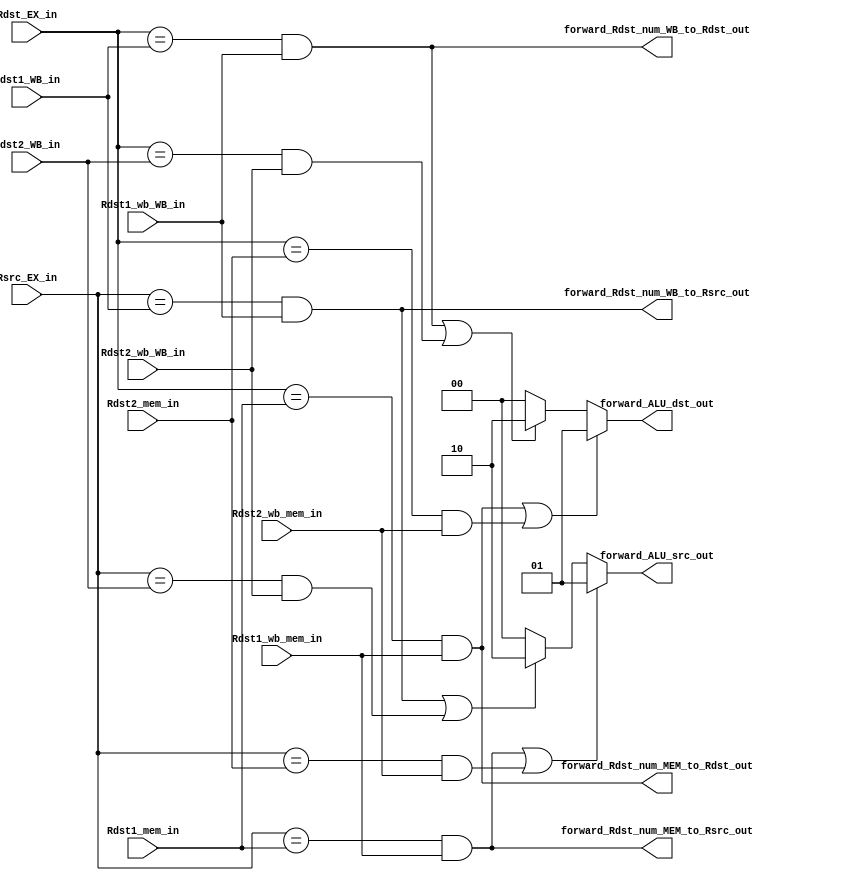
/*this is the first forwarding unit to do ALU-ALU or MEM-ALU forwarding*/
module FU1(forward_ALU_dst_out, forward_ALU_src_out, forward_Rdst_num_MEM_to_Rdst_out, forward_Rdst_num_WB_to_Rdst_out, forward_Rdst_num_MEM_to_Rsrc_out, 
			forward_Rdst_num_WB_to_Rsrc_out, Rdst2_wb_WB_in, Rdst1_wb_WB_in, Rdst1_WB_in, Rdst2_WB_in, Rdst1_wb_mem_in, Rdst2_wb_mem_in, Rdst1_mem_in, 
			Rdst2_mem_in, Rsrc_EX_in, Rdst_EX_in);
			
/*this is the selector to select which value to be bypassed to ALU_Rdst*/
output wire [1:0] forward_ALU_dst_out;

/*this is the selector to select which value to be bypassed to ALU_Rsrc*/
output wire [1:0] forward_ALU_src_out;

/*to select between forwarding Rdst1 or Rdst2 from the memory stage to be candidate for ALU_Rds*/
output wire forward_Rdst_num_MEM_to_Rdst_out;

/*to select between forwarding Rdst1 or Rdst2 from the WB stage to be candidate for ALU_Rds*/
output wire forward_Rdst_num_WB_to_Rdst_out;

/*to select between forwarding Rdst1 or Rdst2 from the memory stage to be candidate for ALU_Rsrc*/
output wire forward_Rdst_num_MEM_to_Rsrc_out;

/*to select between forwarding Rdst1 or Rdst2 from the WB stage to be candidate for ALU_Rsrc*/
output wire forward_Rdst_num_WB_to_Rsrc_out;

/*this is the write back signal in the write-back stage for Rdst2*/
input wire Rdst2_wb_WB_in;

/*this is the write back signal in the write-back stage for Rdst1*/
input wire Rdst1_wb_WB_in;

/*this is the Rdst1 number in the write-back stage*/
input wire [2:0] Rdst1_WB_in;

/*this is the Rdst2 number in the write-back stage*/
input wire [2:0] Rdst2_WB_in;

/*this is the write back signal in the mem-back stage for Rdst1*/
input wire Rdst1_wb_mem_in;

/*this is the write back signal in the mem-back stage for Rdst2*/
input wire Rdst2_wb_mem_in;

/*this is the Rdst1 number in the memory stage*/
input wire [2:0] Rdst1_mem_in;

/*this is the Rdst2 number in the memory stage*/
input wire [2:0] Rdst2_mem_in;

/*this is the Rsrc number in the execute stage*/
input wire [2:0] Rsrc_EX_in;

/*this is the Rdst number in the execute stage*/
input wire [2:0] Rdst_EX_in;

/**************************************************************
	temp wire to make the code looks clean
**************************************************************/
wire is_Rdst_EX_eq_Rdst1_mem;
wire is_Rdst_EX_eq_Rdst2_mem;

wire is_Rdst_EX_eq_Rdst1_WB;
wire is_Rdst_EX_eq_Rdst2_WB;

wire is_Rsrc_EX_eq_Rdst1_mem;
wire is_Rsrc_EX_eq_Rdst2_mem;

wire is_Rsrc_EX_eq_Rdst1_WB;
wire is_Rsrc_EX_eq_Rdst2_WB;

/**************************************************************
	assigns for the temp wires
**************************************************************/
assign is_Rdst_EX_eq_Rdst1_mem = (Rdst_EX_in == Rdst1_mem_in) & Rdst1_wb_mem_in;
assign is_Rdst_EX_eq_Rdst2_mem = (Rdst_EX_in == Rdst2_mem_in) & Rdst2_wb_mem_in;

assign is_Rdst_EX_eq_Rdst1_WB = (Rdst_EX_in == Rdst1_WB_in) & Rdst1_wb_WB_in;
assign is_Rdst_EX_eq_Rdst2_WB = (Rdst_EX_in == Rdst2_WB_in) & Rdst2_wb_WB_in;

assign is_Rsrc_EX_eq_Rdst1_mem = (Rsrc_EX_in == Rdst1_mem_in) & Rdst1_wb_mem_in;
assign is_Rsrc_EX_eq_Rdst2_mem = (Rsrc_EX_in == Rdst2_mem_in) & Rdst2_wb_mem_in;

assign is_Rsrc_EX_eq_Rdst1_WB = (Rsrc_EX_in == Rdst1_WB_in) & Rdst1_wb_WB_in;
assign is_Rsrc_EX_eq_Rdst2_WB = (Rsrc_EX_in == Rdst2_WB_in) & Rdst2_wb_WB_in;


/**************************************************************
	the actual logic of the forwarding unit 1:
		-> 	if 	EX/MEM.RegLowWrite
			and	EX/MEM.RegisterRdst1 = ID/EX.RegisterRsrc
			then forward EX/MEM.RegisterRdst1 to ALU_Rsrc
			
			else if EX/MEM.RegHighWrite
			and	EX/MEM.RegisterRdst2 = ID/EX.RegisterRsrc
			then forward EX/MEM.RegisterRdst2 to ALU_Rsrc

			else if MEM/WB.RegLowWrite
			and	EX/MEM.RegisterRdst1 = ID/EX.RegisterRsrc
			then forward EX/MEM.RegisterRdst1 to ALU_Rsrc
			
			else if MEM/WB.RegHighWrite
			and	EX/MEM.RegisterRdst2 = ID/EX.RegisterRsrc
			then forward EX/MEM.RegisterRdst2 to ALU_Rsrc
			
		-> 	if 	EX/MEM.RegLowWrite
			and	EX/MEM.RegisterRdst1 = ID/EX.RegisterRsrc
			then forward EX/MEM.RegisterRdst1 to ALU_Rdst
			
			else if EX/MEM.RegHighWrite
			and	EX/MEM.RegisterRdst2 = ID/EX.RegisterRsrc
			then forward EX/MEM.RegisterRdst2 to ALU_Rdst

			else if MEM/WB.RegLowWrite
			and	EX/MEM.RegisterRdst1 = ID/EX.RegisterRsrc
			then forward EX/MEM.RegisterRdst1 to ALU_Rdst
			
			else if MEM/WB.RegHighWrite
			and	EX/MEM.RegisterRdst2 = ID/EX.RegisterRsrc
			then forward EX/MEM.RegisterRdst2 to ALU_Rdst
			
**************************************************************/
assign forward_ALU_dst_out = 	(is_Rdst_EX_eq_Rdst1_mem | is_Rdst_EX_eq_Rdst2_mem) ?	2'd1	:
								(is_Rdst_EX_eq_Rdst1_WB | is_Rdst_EX_eq_Rdst2_WB) 	?	2'd2	:
																						2'd0	;
																						
assign 	forward_ALU_src_out = 	(is_Rsrc_EX_eq_Rdst1_mem | is_Rsrc_EX_eq_Rdst2_mem) ?	2'd1	:
								(is_Rsrc_EX_eq_Rdst1_WB | is_Rsrc_EX_eq_Rdst2_WB) 	?	2'd2	:
																						2'd0	;						

assign forward_Rdst_num_MEM_to_Rdst_out = is_Rdst_EX_eq_Rdst1_mem;

assign forward_Rdst_num_WB_to_Rdst_out = is_Rdst_EX_eq_Rdst1_WB;

assign forward_Rdst_num_MEM_to_Rsrc_out = is_Rsrc_EX_eq_Rdst1_mem;

assign forward_Rdst_num_WB_to_Rsrc_out = is_Rsrc_EX_eq_Rdst1_WB;
			
endmodule